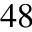
^ { 4 8 }